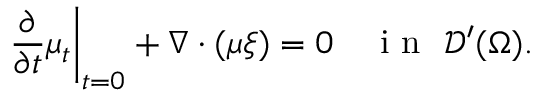
\left. \frac { \partial } { \partial t } \mu _ { t } \right| _ { t = 0 } + \nabla \cdot ( \mu \xi ) = 0 \quad \mathrm { ~ i ~ n ~ } \, \, \mathcal { D } ^ { \prime } ( \Omega ) .